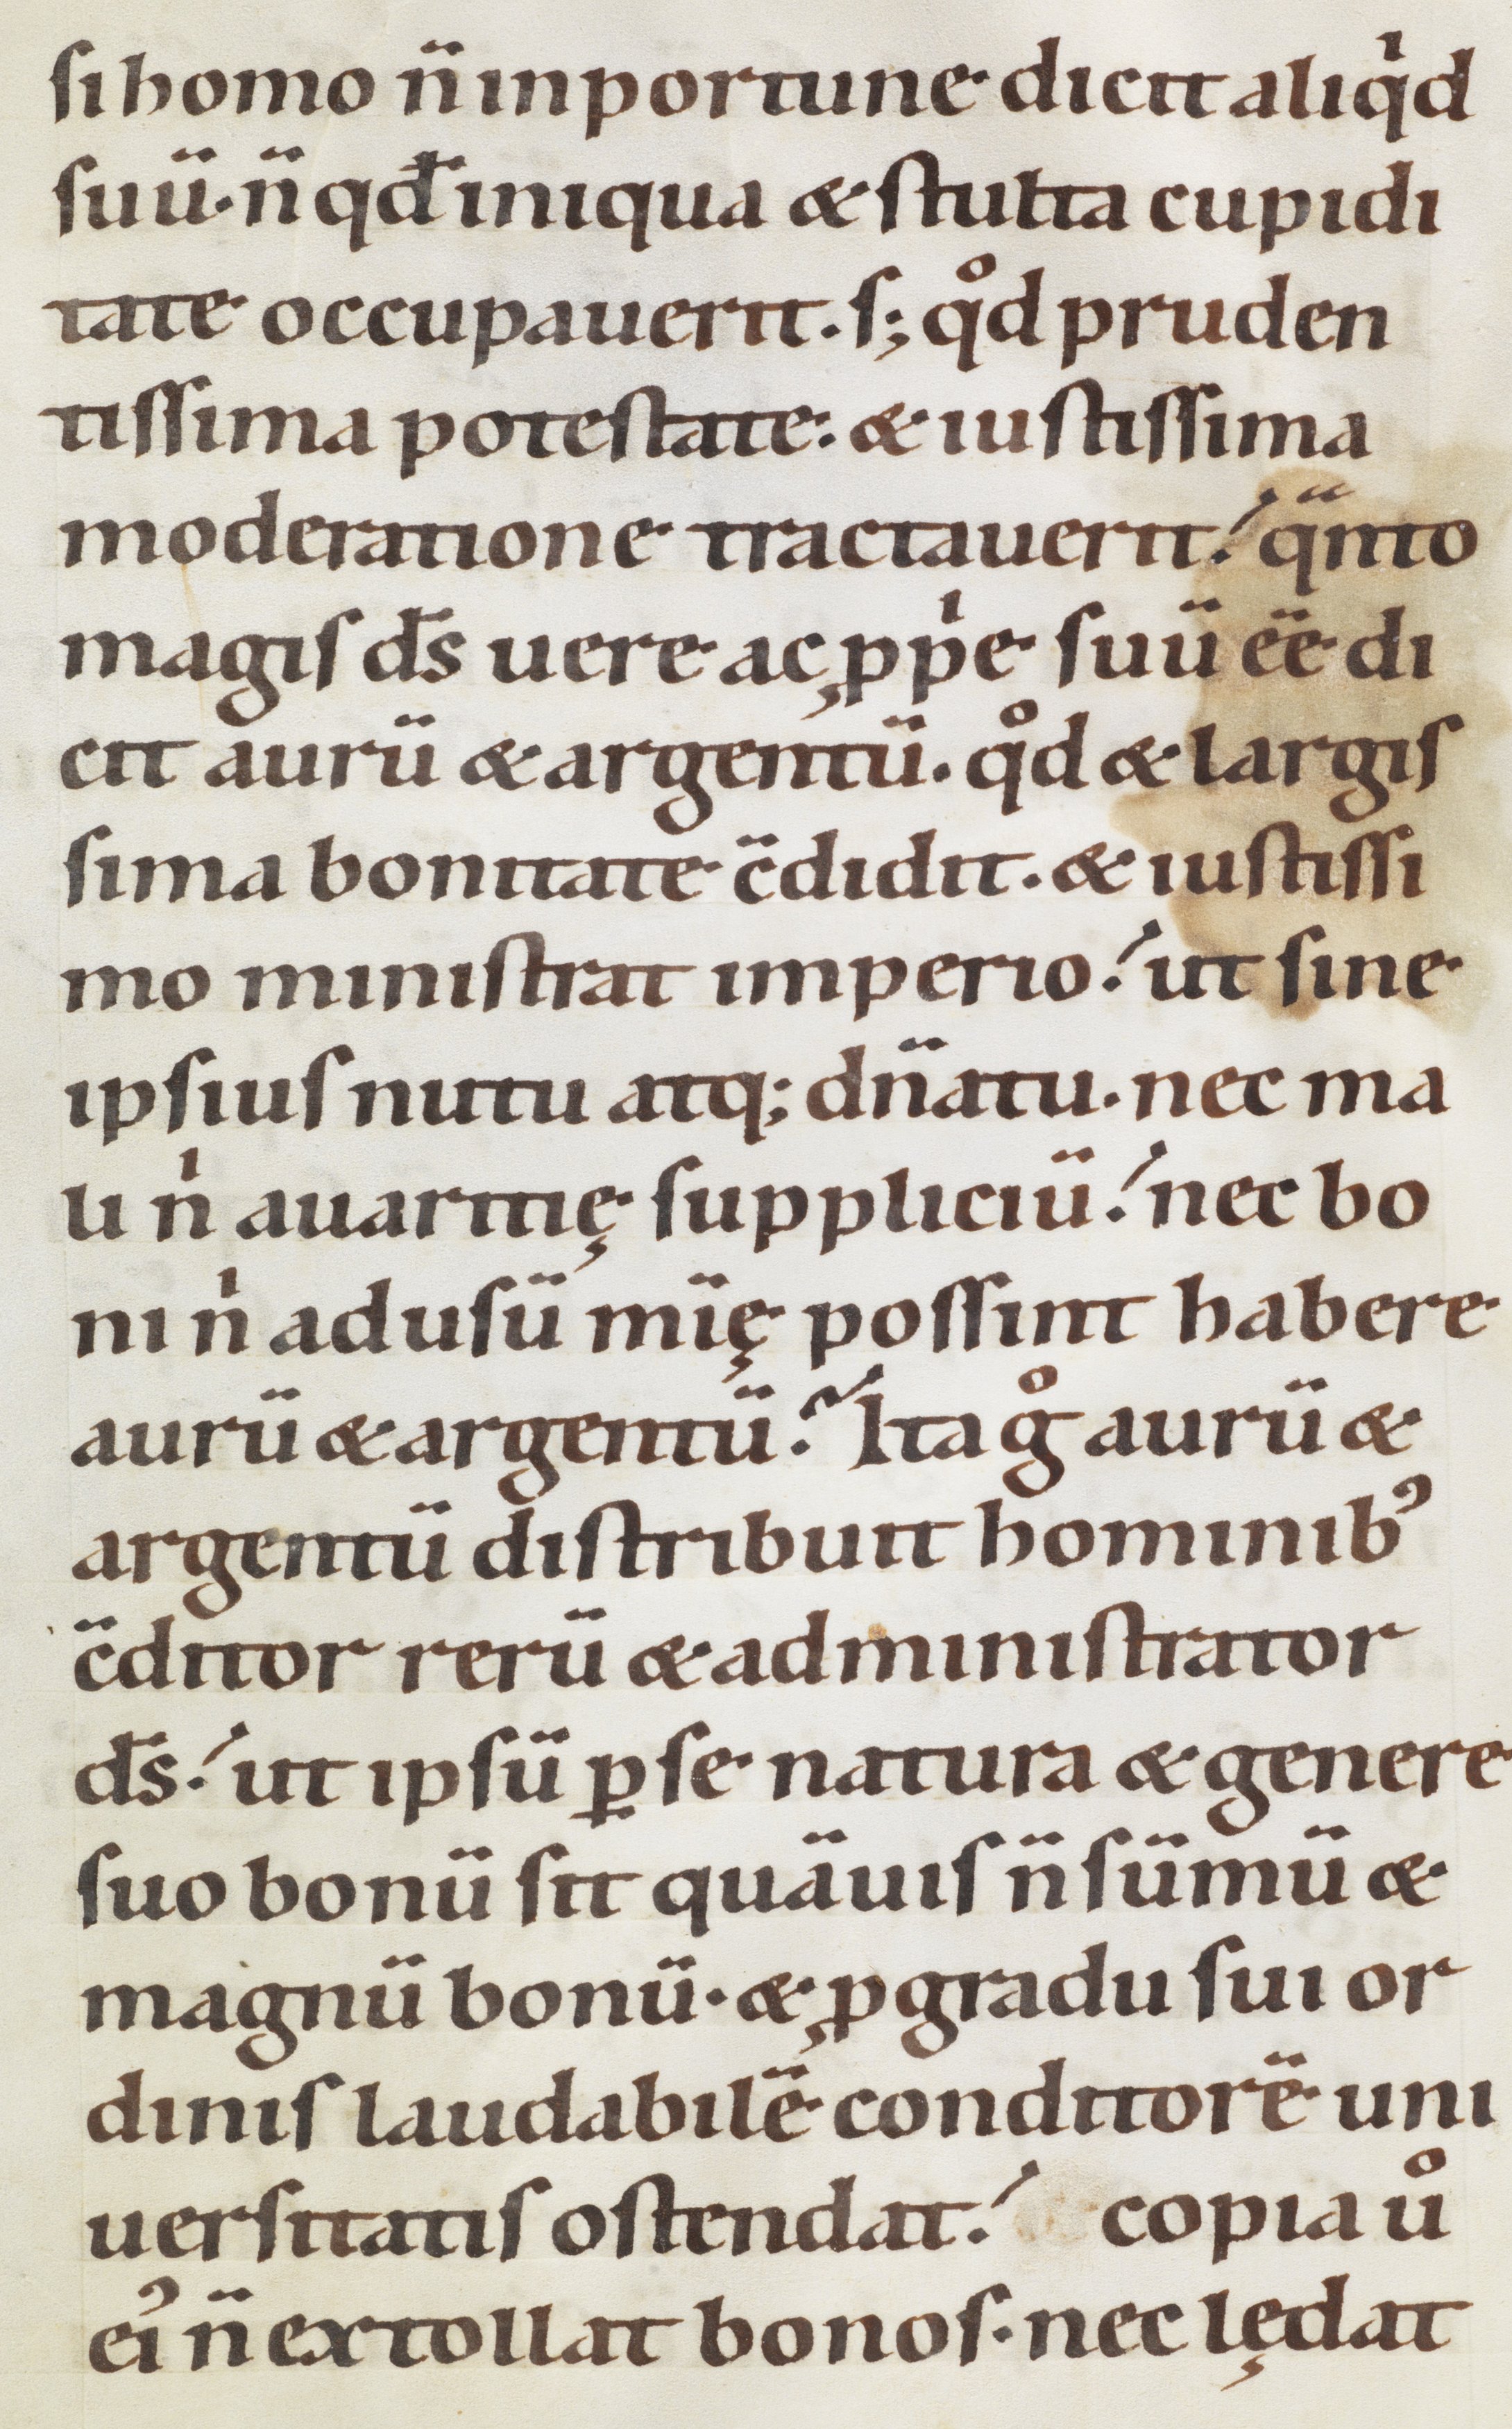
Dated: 1100–1199